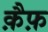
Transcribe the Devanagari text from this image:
क़ैफ़